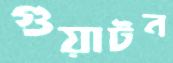
গুয়াটন